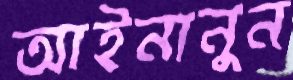
আইনানুন